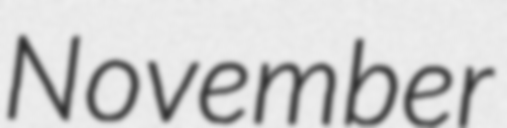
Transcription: November